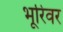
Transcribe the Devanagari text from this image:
भूरिवर